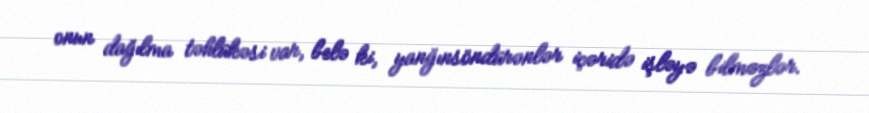
onun dağılma təhlükəsi var, belə ki, yanğınsöndürənlər içəridə işləyə bilməzlər.